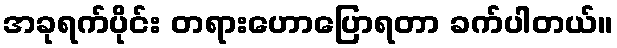
အခုရက်ပိုင်း တရားဟောပြောရတာ ခက်ပါတယ်။